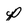
Character: p